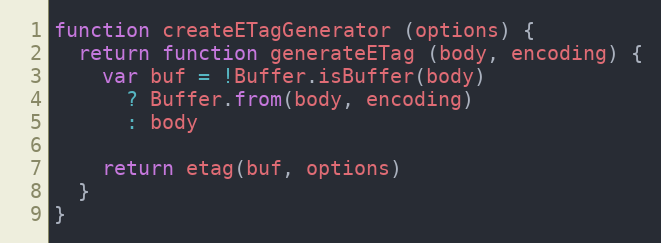
Language: JavaScript
function createETagGenerator (options) {
  return function generateETag (body, encoding) {
    var buf = !Buffer.isBuffer(body)
      ? Buffer.from(body, encoding)
      : body

    return etag(buf, options)
  }
}